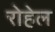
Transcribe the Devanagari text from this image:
रोहेल